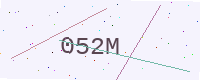
Text: 052M